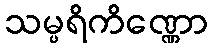
သမ္ပရိကိဏ္ဏော